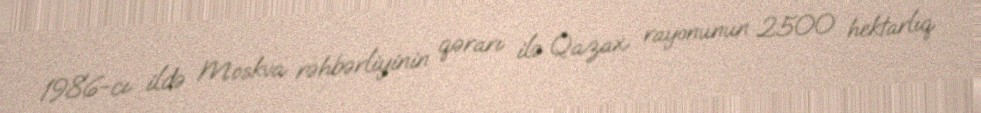
1986-cı ildə Moskva rəhbərliyinin qərarı ilə Qazax rayonunun 2500 hektarlıq